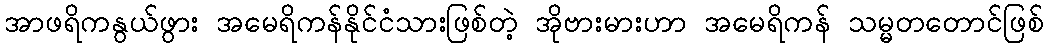
အာဖရိကနွယ်ဖွား အမေရိကန်နိုင်ငံသားဖြစ်တဲ့ အိုဗားမားဟာ အမေရိကန် သမ္မတတောင်ဖြစ်